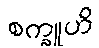
စက္ခူဟိ